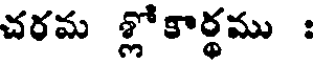
చరమ శ్లో కార్థము :